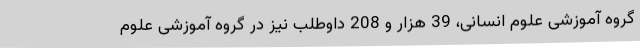
گروه آموزشی علوم انسانی، 39 هزار و 208 داوطلب نیز در گروه آموزشی علوم